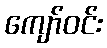
ကျော်ဝင်း